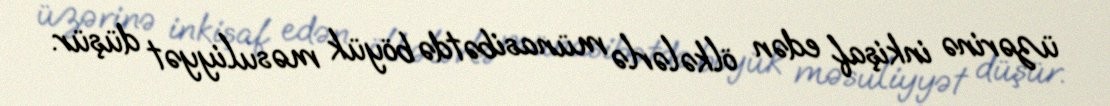
üzərinə inkişaf edən ölkələrlə münasibətdə böyük məsuliyyət düşür.